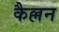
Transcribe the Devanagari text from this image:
कैल्लन